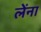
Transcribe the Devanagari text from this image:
लेंना